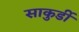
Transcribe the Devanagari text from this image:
साकुर्डी